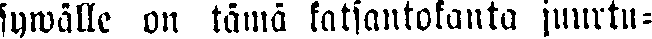
sywälle on tämä katsantokanta juurtu-